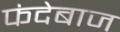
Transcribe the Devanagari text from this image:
फंदेबाज